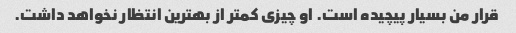
قرار من بسیار پیچیده است. او چیزی کمتر از بهترین انتظار نخواهد داشت.